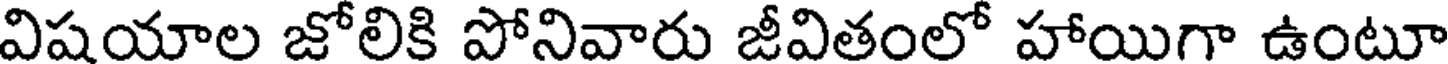
విషయాల జోలికి పోనివారు జీవితంలో హాయిగా ఉంటూ